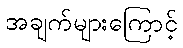
အချက်များကြောင့်